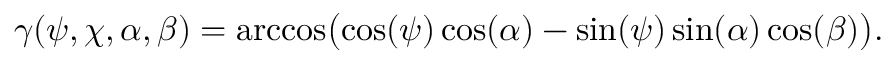
\gamma ( \psi , \chi , \alpha , \beta ) = \operatorname { a r c c o s } \! \big ( \! \cos ( \psi ) \cos ( \alpha ) - \sin ( \psi ) \sin ( \alpha ) \cos ( \beta ) \big ) .